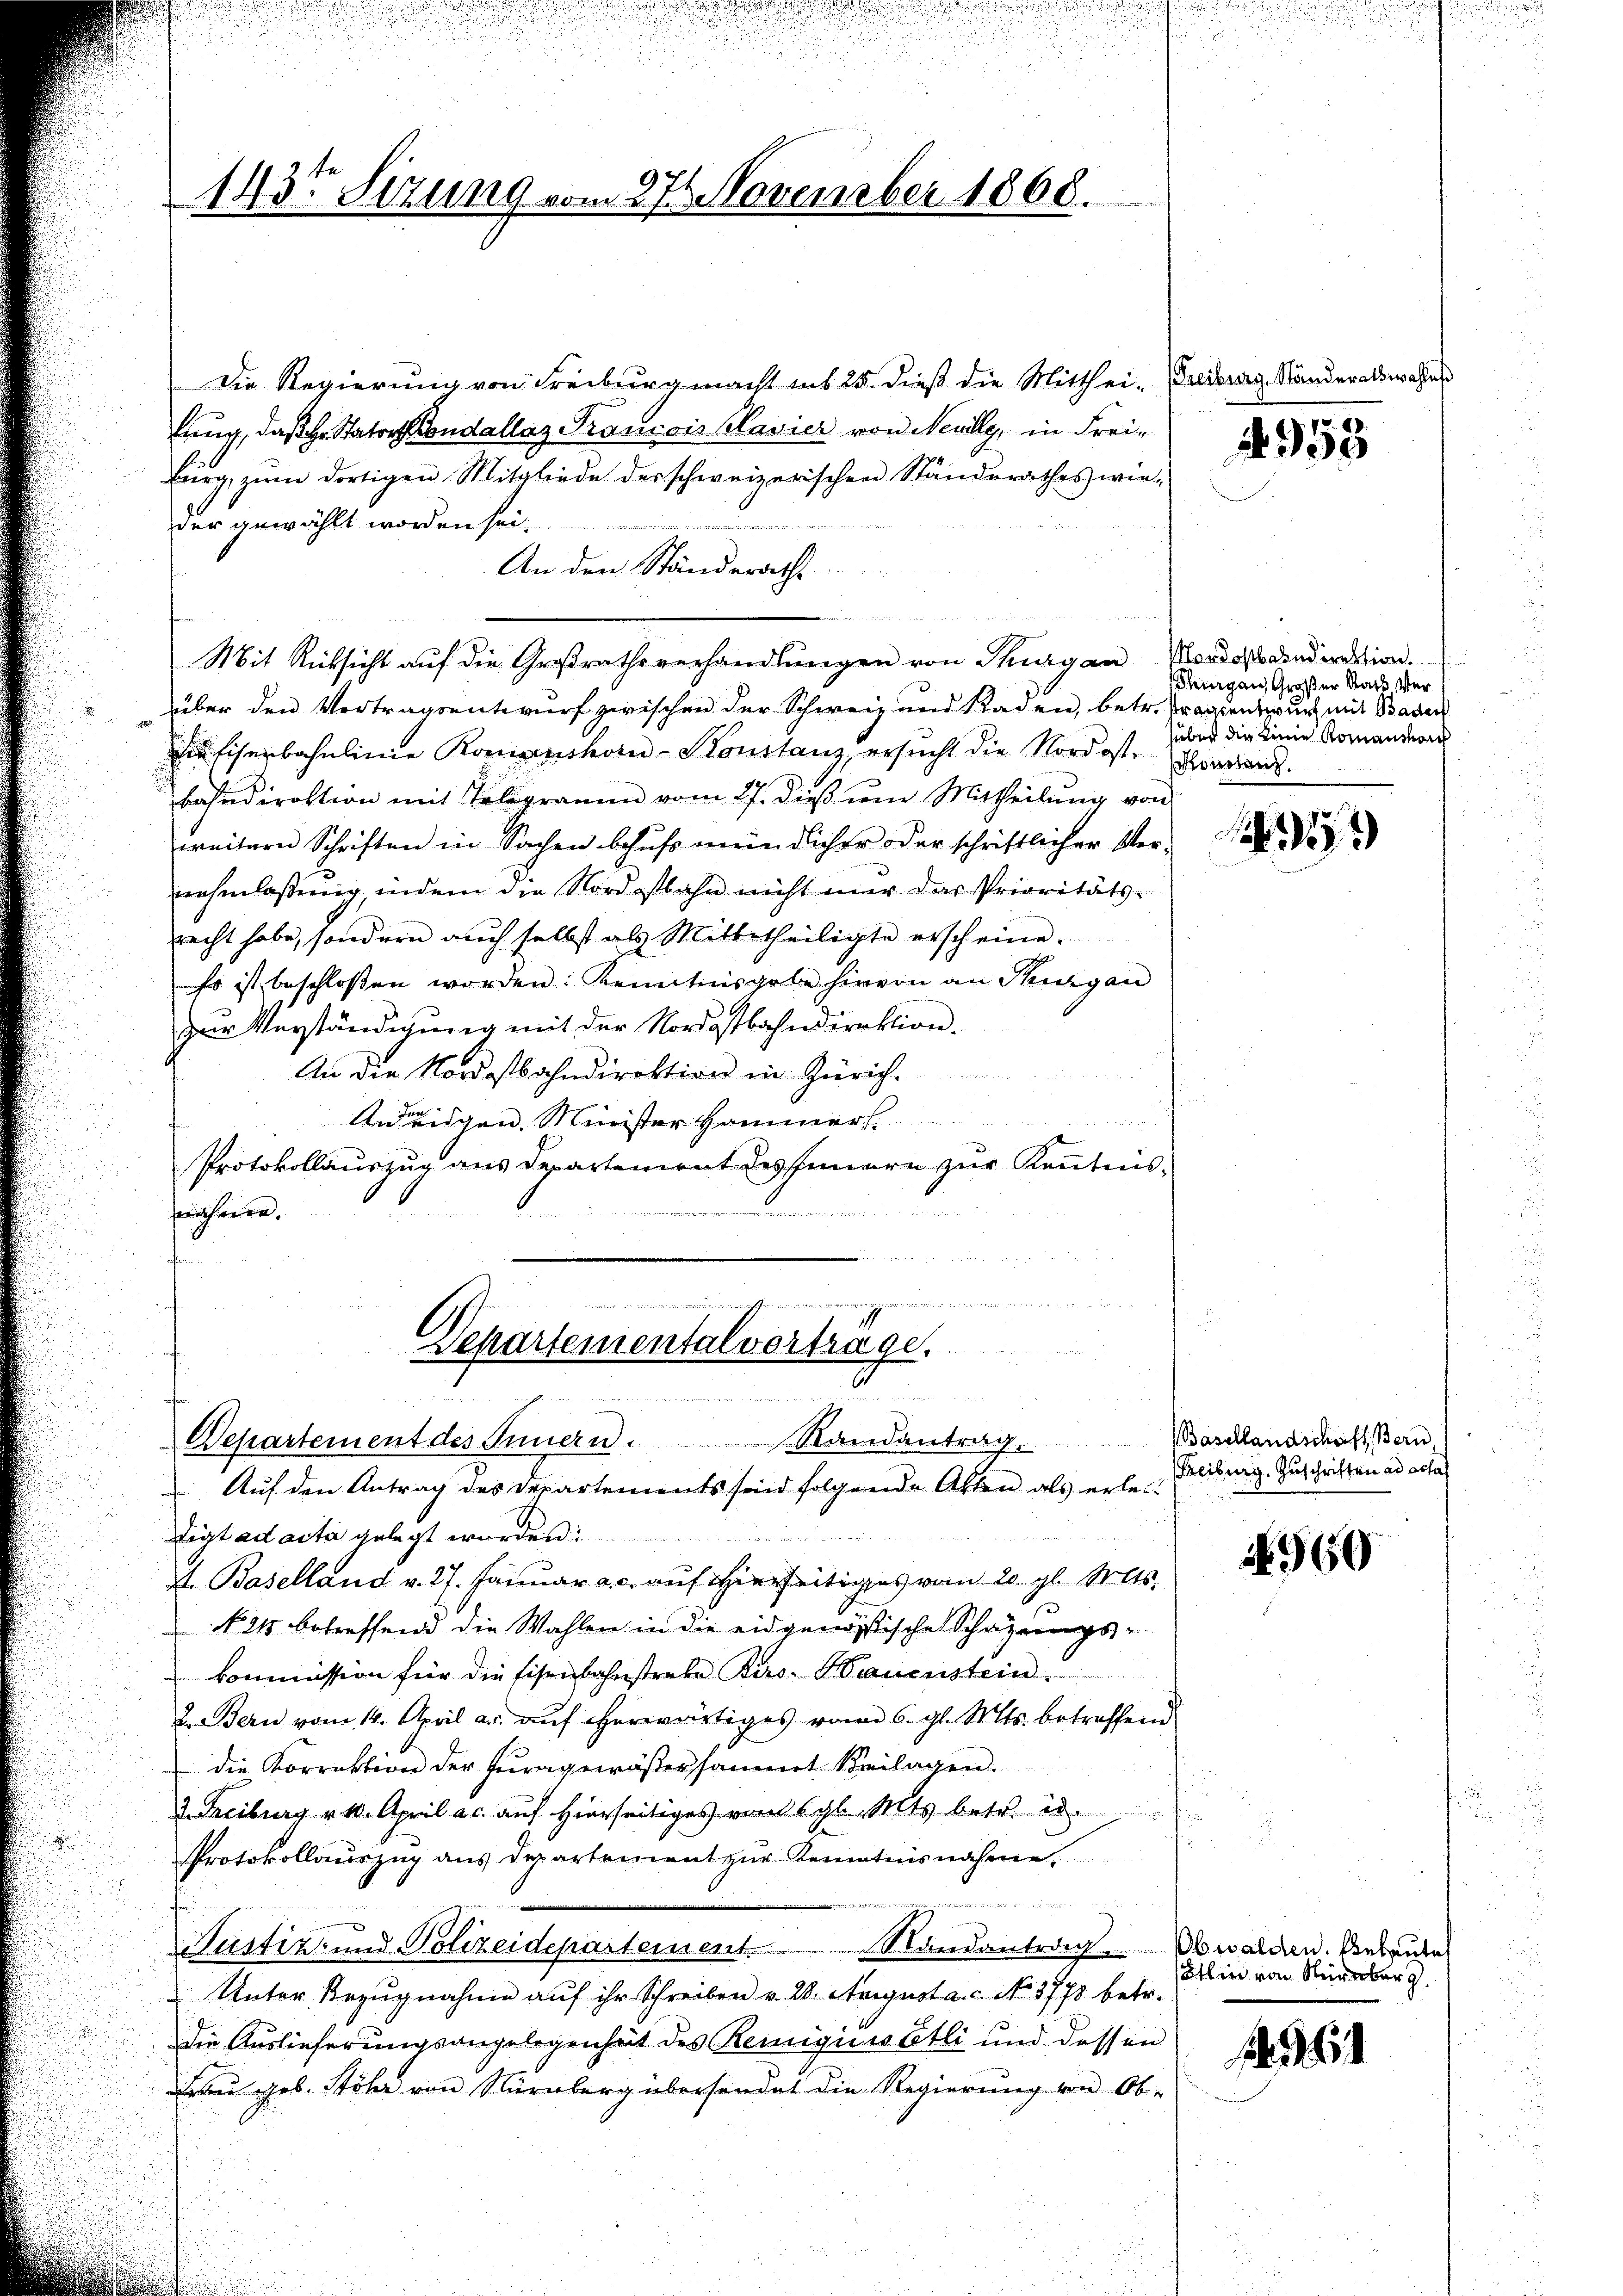
143t Sizung vom 27. November 1868.

Die Regierung von Freiburg macht ins 25. dieß die Mitthei- (Freiburg Standeratswahn
lung, daß Hr. Stator Condallaz Traudois Klavier von Neuilly, in Freiburg, zum dortigen Mitgliede des schweizerischen Standerathes wie-
der gewählt worden sei.
An den Ständerath
t
Mit Rücksicht auf die Großrathsverhandlungen von Thurgau Nordostanderation.
über den Vertragsentwurf zwischen der Schweiz und Raden, betr. Fragsentwurf mit Baden
Rufisenbahnlinie Romanshorn - Sonstanz, ersucht die Nordost, sonstand.
bahndirektion mit Telegramm vom 27. dieß um Mittheilung von
weitern Schriften in Sachen behufs meindlicher oder schriftlicher Ver-
nehmlassung, indem die Nordostbahn nicht nur das Prioritäts-
recht habe, sondern auch selbst als Mittetheiligte erscheine.
so ist beschlossen worden. Kenntnisgabe hievon an Thurgau
zur Verständigung mit der Nordostbahndirektion.
An die Nordostbahndirektion in Zürich.
d
Aneigen. Minister Hammer
Protokollauszug aus Departement des Innern zur Kenntnis-
b
weichen. |
n
e

Schartementalvertrage.
Departement des Innern. Randantrag Beschlandschaft Bern
Auf den Antrag des Departements sind folgende Akten als erlei¬

Tigt ad acta gelegt worden:
I. Baselland v. 27. Januar a. c. auf Hierseitiges vom 20. gl. Mts.
N 21 betreffend die Wahlen in die eidgenössische Schazungs-
kommission für die Eisenbahnstreke Birs. Bauenstein
2. Bern vom 14. April a. auf erwärtiges vom 6. gl. Mts. betreffend
die Korrektion der Fragewässersammt Beilagen.
aciburg v. 10. April a.c. auf hierseitiges vom gl. Mts. betr. d.
Protokollauszug aus Departement zur Kenntnisnahme
5 x
Nustiz- und Polizeidepartement Randantrag. Obwalden. Bebaute
Unter Bezugnahme auf ihr Schreiben v. 20. August a. c. No. 3773 betr.
Die Auslieferungsangelegenheit des Remigiiwetli und dessen
Frau geb. Stöhe von Nürnberg übersendet die Regierung von Ob-

4953

Thurgau, Großer Statt Verüber die Linie Romanton

)

Freiburg. Zuschriften ad erhal

369

Athin von Nürnberg

364